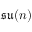
\mathfrak { s u } ( n )